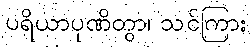
ပရိယာပုဏိတွာ၊ သင်ကြား